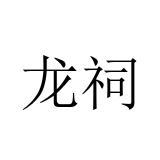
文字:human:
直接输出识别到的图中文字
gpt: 龙祠